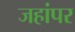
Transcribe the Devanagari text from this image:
जहांपर